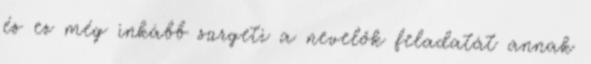
és ez még inkább sürgeti a nevelők feladatát annak